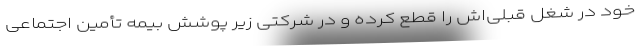
خود در شغل قبلی‌اش را قطع کرده و در شرکتی زیر پوشش بیمه تأمین اجتماعی